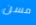
مسن